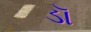
ડૉ